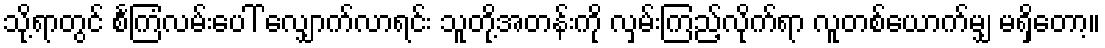
သို့ရာတွင် စင်္ကြံလမ်းပေါ် လျှောက်လာရင်း သူတို့အတန်းကို လှမ်းကြည့်လိုက်ရာ လူတစ်ယောက်မျှ မရှိတော့။